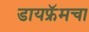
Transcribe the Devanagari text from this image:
डायफ्रॅमचा